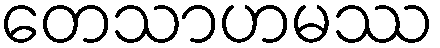
တေသာဟမဿ